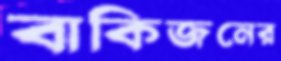
বাকিজনের